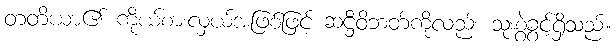
တတိယာ၏ ကိုယ်စားလှယ်အဖြစ်ဖြင့် ဆဋ္ဌီဝိဘတ်ကိုလည်း သုံးစွဲခွင့်ရှိသည်။